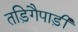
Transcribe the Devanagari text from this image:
तड़िगैपाड़ी